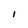
Character: I